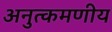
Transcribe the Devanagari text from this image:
अनुत्कमणीय